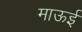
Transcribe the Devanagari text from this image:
माऊई